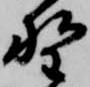
野